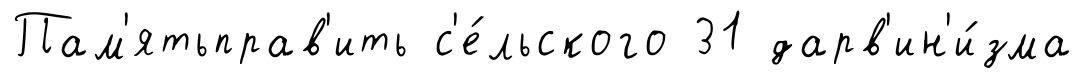
Пам'ятьправ'ить с'е́льского 31 дарв'ин'и́зма